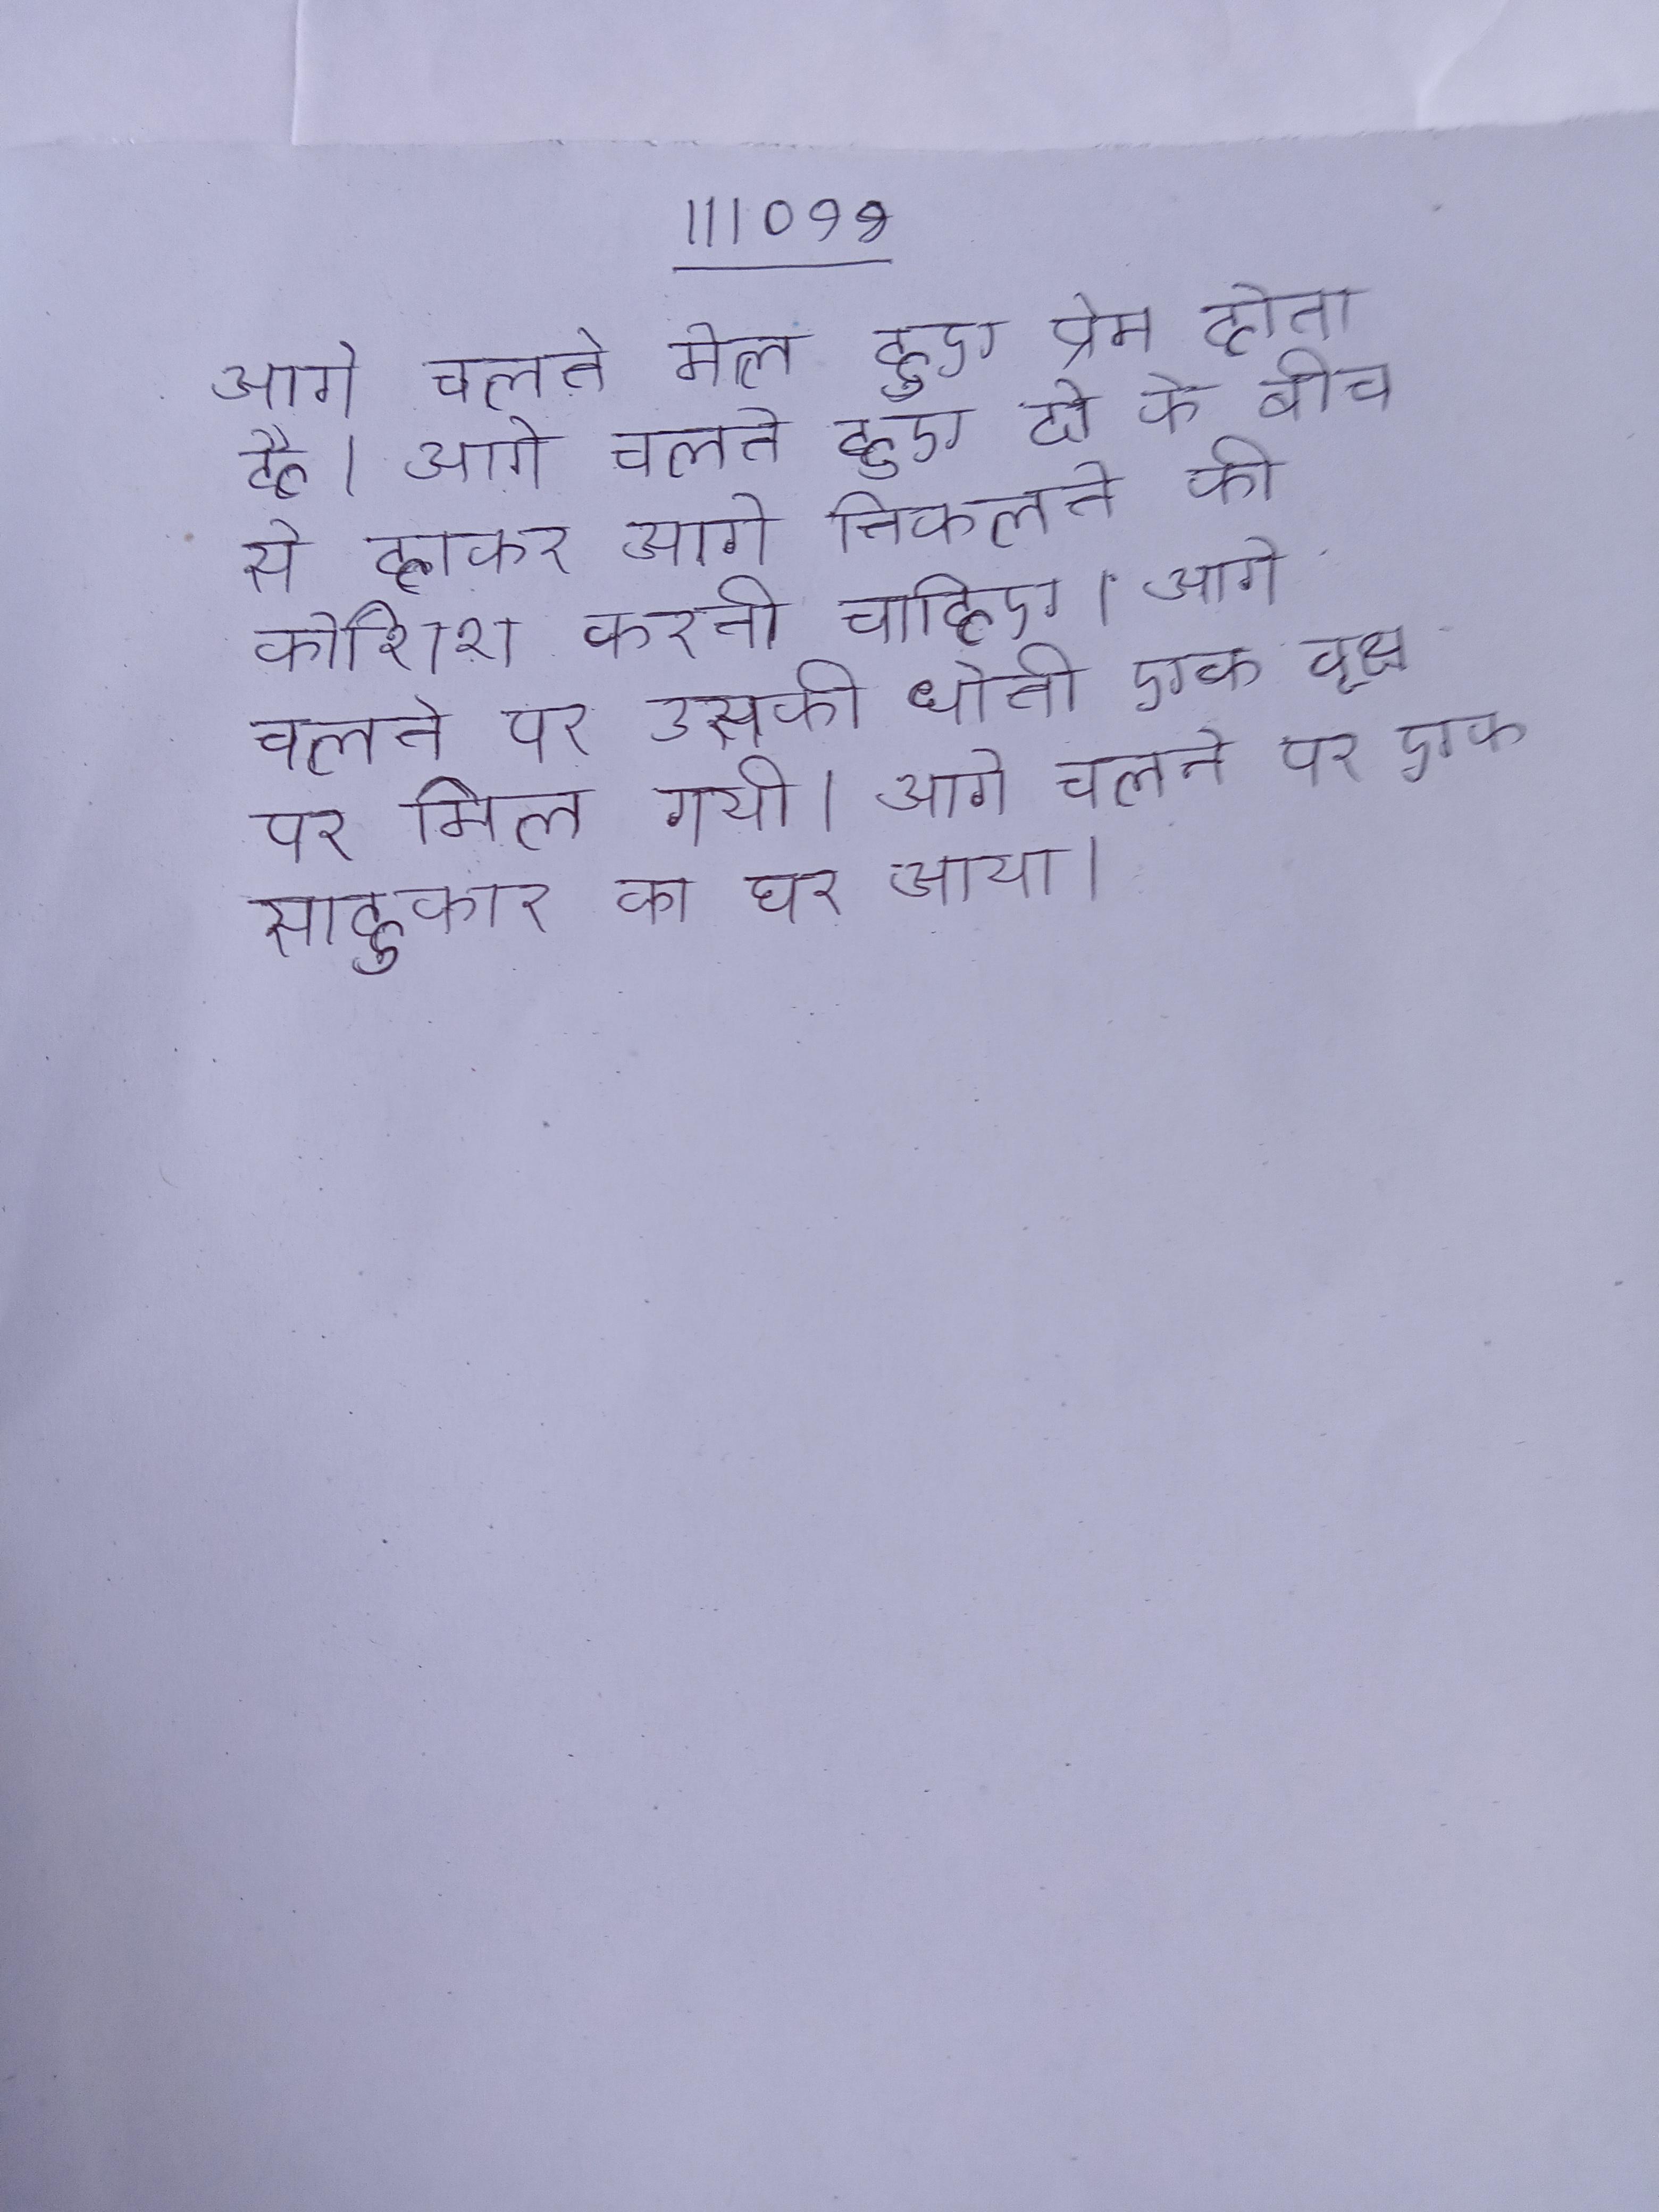
आगे चलते मेल हुए प्रेम होता है । आगे चलते हुए दो के बीच से हाकर आगे निकलने की कोशिश करनी चाहिए । आगे चलने पर उसकी धोती एक वृक्ष पर मिल गयी । आगे चलने पर एक साहुकार का घर आया ।